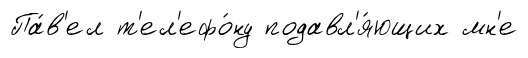
Па́в'ел т'ел'ефо́ну подавл'я́ющих мн'е